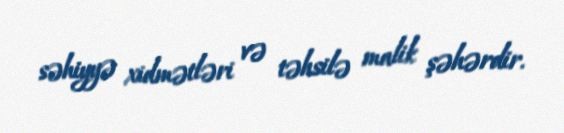
səhiyyə xidmətləri və təhsilə malik şəhərdir.